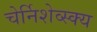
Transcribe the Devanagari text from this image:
चेर्निशेव्स्क्य